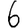
Digit: 6